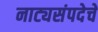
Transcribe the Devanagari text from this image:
नाट्यसंपदेचे